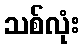
သစ်လုံး